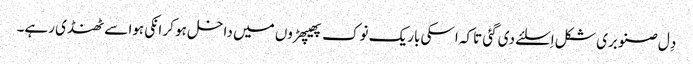
دِل صنوبری شکل اِسلئے دی گئی تاکہ اسکی باریک نوک پھیپھڑوں میں داخل ہو کر انکی ہوا سے ٹھنڈی رہے۔